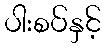
ပါးစပ်နှင့်